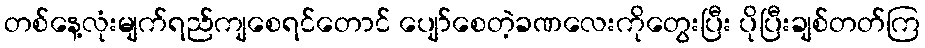
တစ်နေ့လုံးမျက်ရည်ကျစေရင်တောင် ပျော်စေတဲ့ခဏလေးကိုတွေးပြီး ပိုပြီးချစ်တတ်ကြ